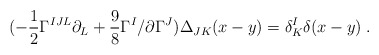
\begin{align*}(- {1 \over 2} \Gamma^{IJL} \partial_L + {9 \over 8} \Gamma^I \slash{\partial} \Gamma^J) \Delta_{JK}(x-y) = \delta^I_K \delta(x - y) \; .\end{align*}